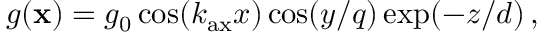
g ( { \bf x } ) = g _ { 0 } \cos ( k _ { \mathrm { a x } } x ) \cos ( y / q ) \exp ( - z / d ) \, ,